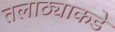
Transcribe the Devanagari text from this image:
तलाठ्याकडे